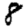
Digit: 8